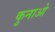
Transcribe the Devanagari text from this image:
कुनाओ